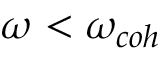
\omega < \omega _ { c o h }